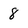
Character: 8